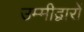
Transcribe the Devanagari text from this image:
उम्मीद्वारों